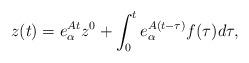
LaTeX: \begin{align*}z(t)=e_\alpha^{At}z^0 + \int_{0}^{t} e_\alpha^{A(t-\tau)} f(\tau) d\tau,\end{align*}